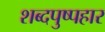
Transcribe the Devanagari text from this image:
शब्दपुष्पहार